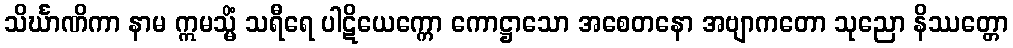
သိင်္ဃာဏိကာ နာမ ဣမသ္မိံ သရီရေ ပါဋိယေက္ကော ကောဋ္ဌာသော အစေတနော အဗျာကတော သုညော နိဿတ္တော